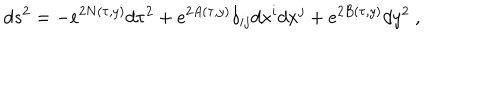
d s ^ { 2 } = - e ^ { 2 N ( \tau , y ) } d \tau ^ { 2 } + e ^ { 2 A ( \tau , y ) } \delta _ { i j } d x ^ { i } d x ^ { j } + e ^ { 2 B ( \tau , y ) } d y ^ { 2 } ~ ,